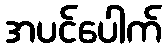
အပင်ပေါက်